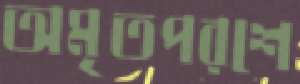
অমৃতপরশে